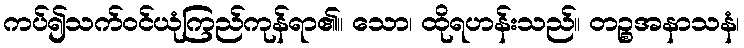
ကပ်၍သက်ဝင်ယုံကြည်ကုန်ရာ၏။ သော၊ ထိုရဟန်းသည်။ တဉ္စအနာသနံ၊